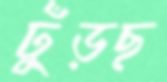
ঢুঁড়ছ